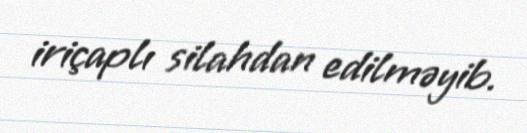
iriçaplı silahdan edilməyib.